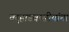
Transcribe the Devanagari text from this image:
वर्‍हाडवासीयांना